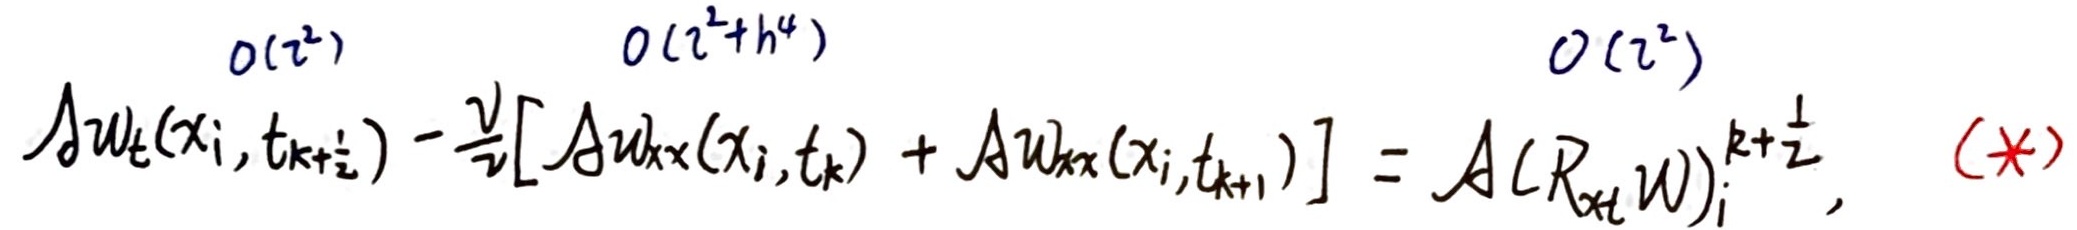
$ \mathcal{A}w_t(x_i,t_{k+\frac{1}{2}}) - \frac{\nu}{2} [ \mathcal{A}w_{xx}(x_i,t_k) + \mathcal{A}w_{xx}(x_i,t_{k+1}) ] = \mathcal{A}(R_{xt} w)_i^{k + \frac{1}{2}}, \quad (*) $
$ \begin{array}{ccc} O(\tau^2) & O(\tau^2 + h^4) & O(\tau^2) \end{array} $